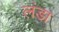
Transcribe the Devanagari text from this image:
लंडा